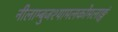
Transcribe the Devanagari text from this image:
नीलाम्बुजश्यामलकोमलाङ्गं